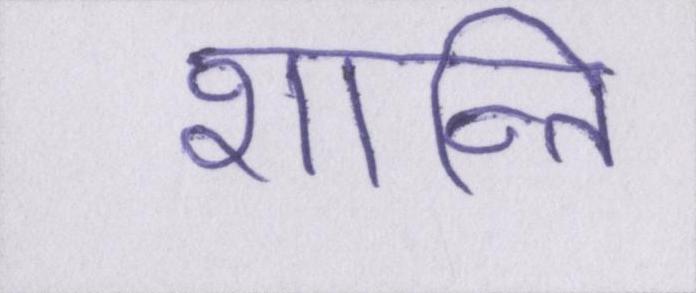
शान्ति